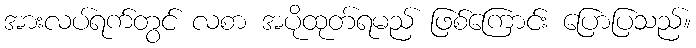
အားလပ်ရက်တွင် လစာ အပိုထုတ်ရမည် ဖြစ်ကြောင်း ပြောပြသည်။